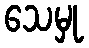
သေမှု